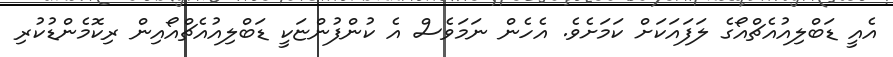
އެއީ ޑަބްލިއުއެޗްއޯގެ ލަފައަކަށް ކަމަށެވެ. އެހެން ނަމަވެސް އެ ކުންފުންޏަކީ ޑަބްލިއުއެޗްއޯއިން ރިކޮމެންޑުކުރި